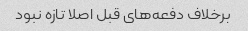
برخلاف دفعه‌های قبل اصلا تازه نبود